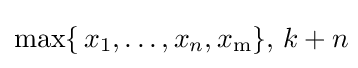
\max\{\,x_{1},\ldots ,x_{n},x_{\mathrm {m} }\},\,k+n\!